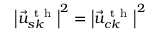
{ { \left| { { { \vec { u } } } ^ { \mathrm { ~ t ~ h ~ } } } _ { s k } \right| } ^ { 2 } } = { { \left| { { { \vec { u } } } ^ { \mathrm { ~ t ~ h ~ } } } _ { c k } \right| } ^ { 2 } }